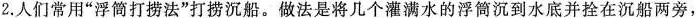
2.人们常用”浮筒打捞法”打捞沉船。做法是将几个灌满水的浮筒沉到水底并拴在沉船两旁，